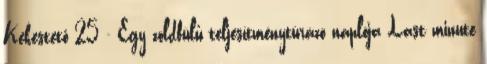
Kékestető 25 - Egy zöldfülű teljesítménytúrázó naplója Last minute